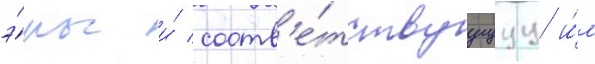
э́ры и́ соотв'е́тствуущуу и́м